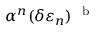
\alpha ^ { n } ( \delta \varepsilon _ { n } ) \ ^ { \mathrm { ~ b ~ } }